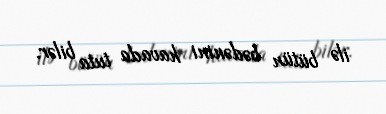
ilə bütün bədənini havada tuta bilər.